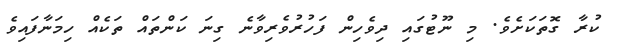
ކުރާ ގޮތަކަށެވެ. މި ނޫޓުގައި ދިވެހިން ފަހުރުވެރިވާނެ ގިނަ ކަންތައް ތަކެއް ހިމަނާފައިވެ